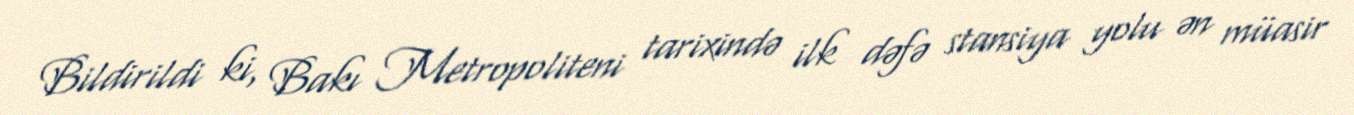
Bildirildi ki, Bakı Metropoliteni tarixində ilk dəfə stansiya yolu ən müasir